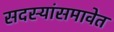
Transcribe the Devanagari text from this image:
सदस्यांसमावेत